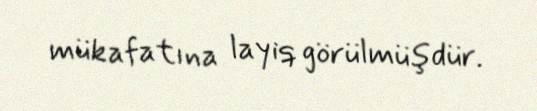
mükafatına layiq görülmüşdür.